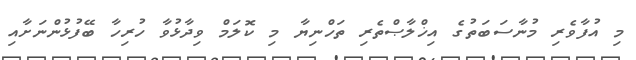
މި އުފާވެރި މުނާސަބަތުގެ އިޚްލާޞްތެރި ތަހްނިޔާ މި ކޮލަމް ވިދާޅުވާ ހުރިހާ ބޭފުޅުންނަށާއި